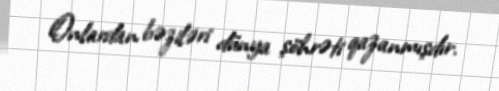
Onlardan bəziləri dünya şöhrəti qazanmışdır.